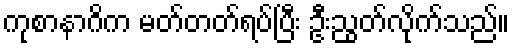
ကုစာနာဂိက မတ်တတ်ရပ်ပြီး ဦးညွတ်လိုက်သည်။